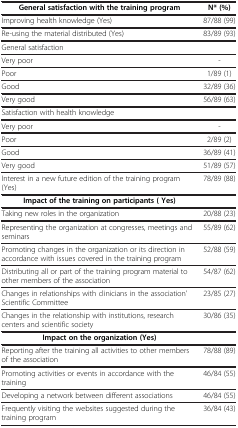
| General satisfaction with the training program | N* (%) |
 | --- | --- |
 | Improving health knowledge (Yes) | 87/88 (99) |
 | Re-using the material distributed (Yes) | 83/89 (93) |
 | General satisfaction |  |
 | Very poor | - |
 | Poor | 1/89 (1) |
 | Good | 32/89 (36) |
 | Very good | 56/89 (63) |
 | Satisfaction with health knowledge |  |
 | Very poor | - |
 | Poor | 2/89 (2) |
 | Good | 36/89 (41) |
 | Very good | 51/89 (57) |
 | Interest in a new future edition of the training program (Yes) | 78/89 (88) |
 | Impact of the training on participants ( Yes) |  |
 | Taking new roles in the organization | 20/88 (23) |
 | Representing the organization at congresses, meetings and seminars | 55/89 (62) |
 | Promoting changes in the organization or its direction in accordance with issues covered in the training program | 52/88 (59) |
 | Distributing all or part of the training program material to other members of the association | 54/87 (62) |
 | Changes in relationships with clinicians in the association’ Scientific Committee | 23/85 (27) |
 | Changes in the relationship with institutions, research centers and scientific society | 30/86 (35) |
 | Impact on the organization (Yes) |  |
 | Reporting after the training all activities to other members of the association | 78/88 (89) |
 | Promoting activities or events in accordance with the training | 46/84 (55) |
 | Developing a network between different associations | 46/84 (55) |
 | Frequently visiting the websites suggested during the training program | 36/84 (43) |